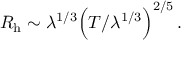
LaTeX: R _ { \mathrm { h } } \sim \lambda ^ { 1 / 3 } \Bigr ( T / \lambda ^ { 1 / 3 } \Bigl ) ^ { 2 / 5 } \, .